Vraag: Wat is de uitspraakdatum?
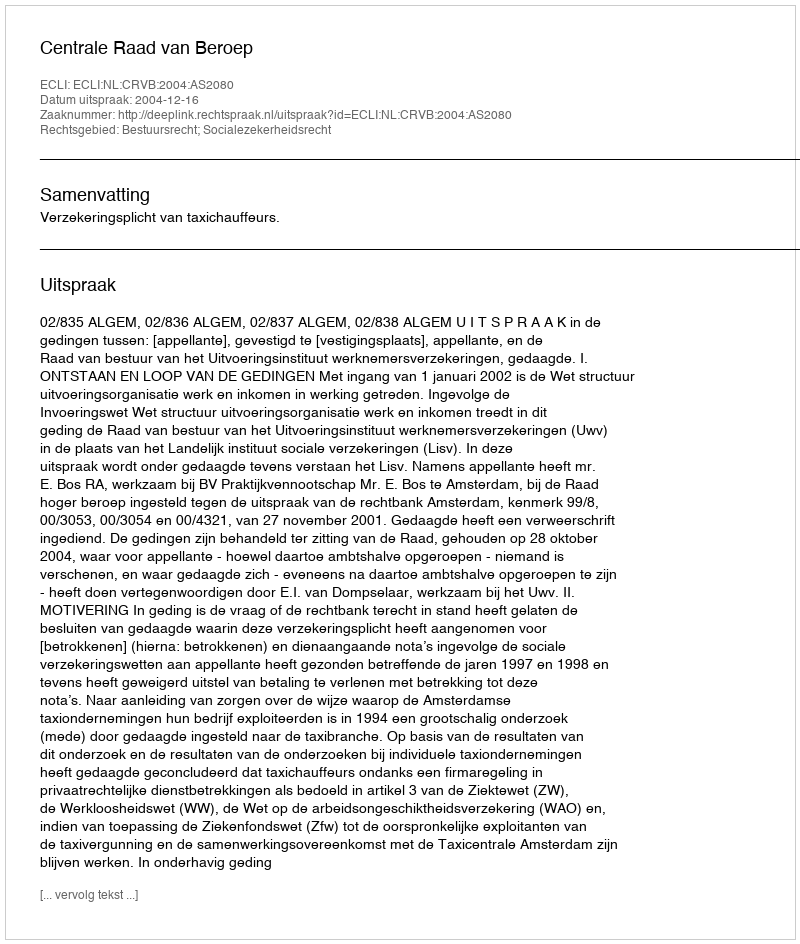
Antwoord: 2004-12-16